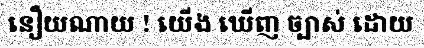
នឿយណាយ ! យើង ឃើញ ច្បាស់ ដោយ